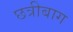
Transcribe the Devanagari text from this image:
छत्रीबाग